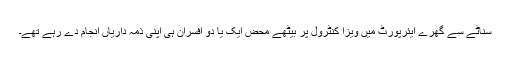
سناٹے سے گِھرے ایئرپورٹ میں ویزا کنٹرول پر بیٹھے محض ایک یا دو افسران ہی اپنی ذمہ داریاں انجام دے رہے تھے۔